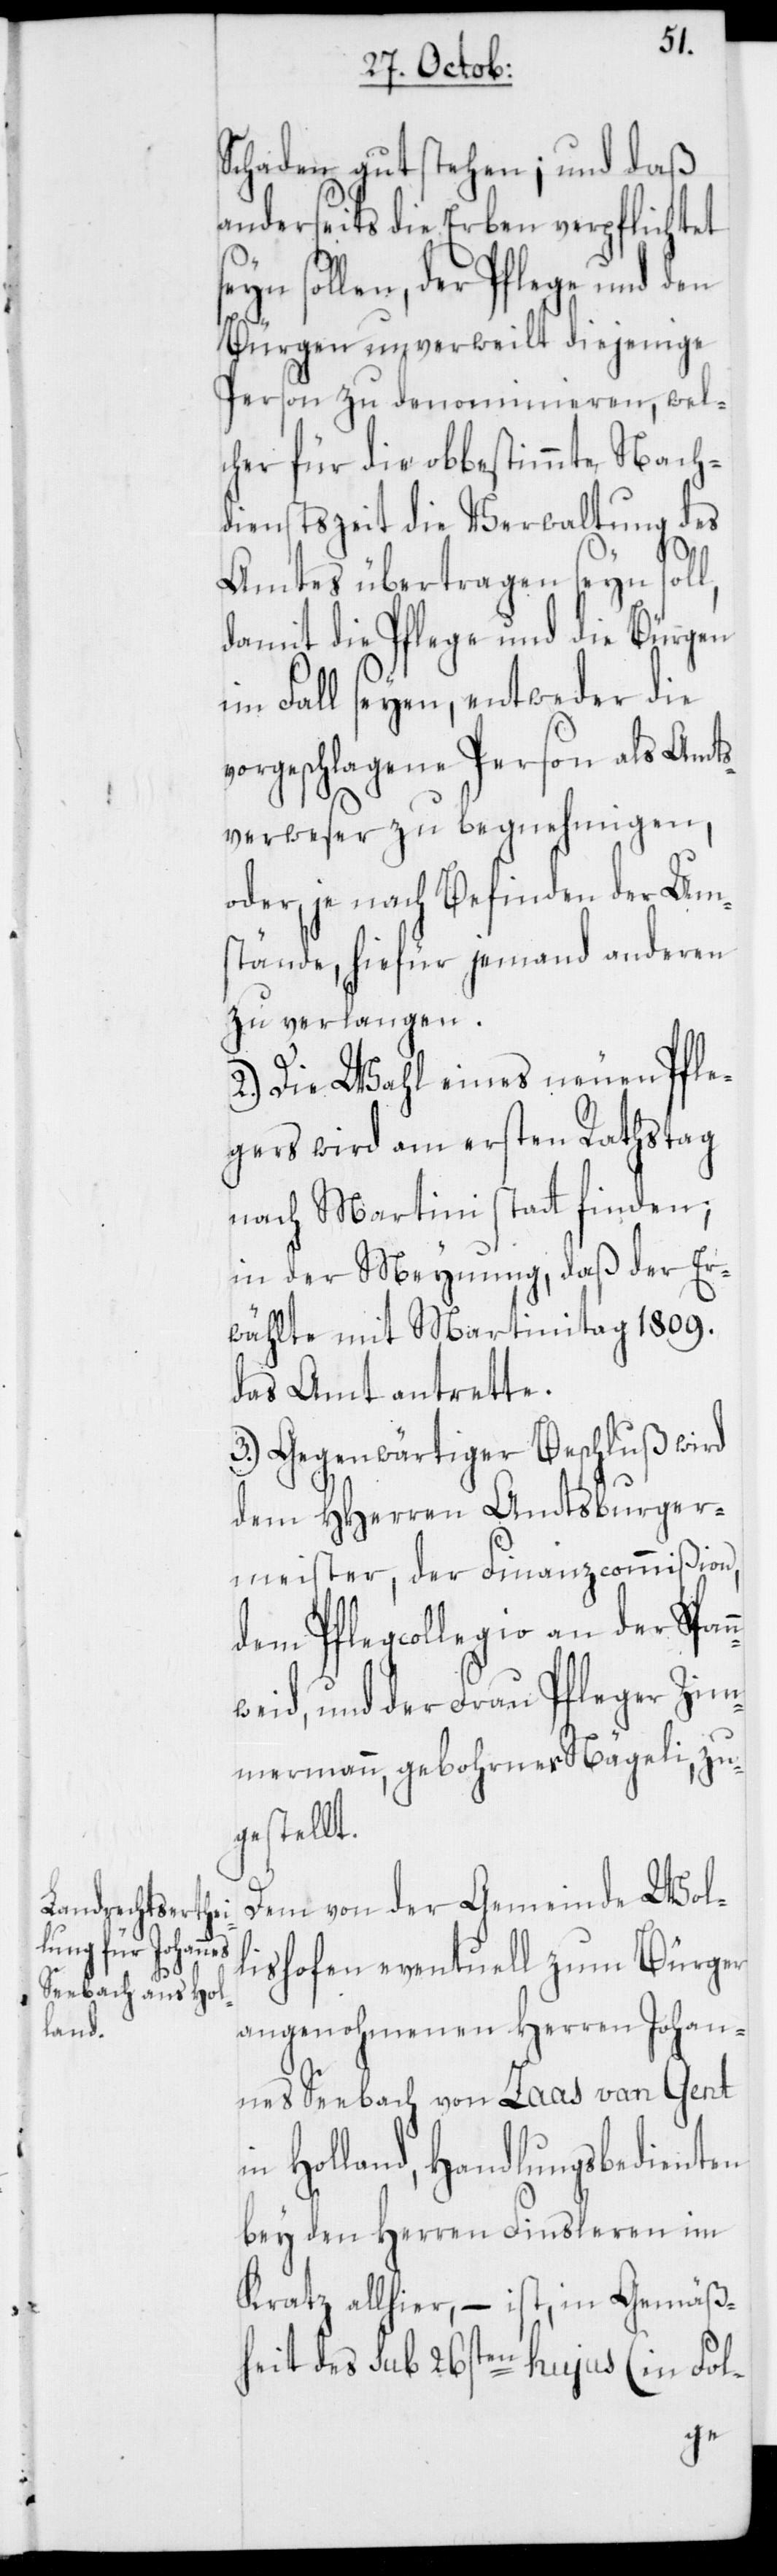
Schaden gutstehen; und daß
anderseits die Erben verpflichtet
sollen, der Pflege und den
Bürgen unverweilt diejenige
Person zu denominieren, wel¬
cher für die obbestimmte Nach¬
dienstzeit die Verwaltung des
n¬
Amtes übertragen seyn soll,
damit die Pflege und die Bürgen
im Fall seyen, entweder die
vorgeschlagene Person als Amts¬
verweser zu begnehmigen,
oder, je nach Befinden der Ums¬
tände, hiefür jemand anderen
zu verlangen.
2.) Die Wahl eines neuen Pfle¬
gers wird am ersten Rathstag
nach Martini statt finden;
in der Meynung, daß der Er¬
wählte mit Martinitag 1809.
das Amt antrette.
3.) Gegenwärtiger Beschluß wird
dem HHerren Amtsburger¬
meister, der Finanzcommißion,
dem Pflegcollegio an der Span¬
weid, und der Frau Pfleger Zim¬
mermann, gebohrner Nägeli, zu¬
gestellt
Dem von der Gemeinde Wol¬
lishofen eventuell zum Bürger
angenohmenen Herren Johan¬
nes Seebach von Zaas van Gent
Holland, Handlungsbedienten
bey den Herren Finsleren im
Kratz allhier, – ist, in Gemäß¬
heit des sub 26sten hujus (in Fol-